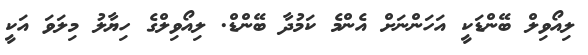
ލިއޯވިލް ބޭންޑަކީ އަހަންނަށް އެންމެ ކަމުދާ ބޭންޑް. ލިއޯވިލްގެ ހިޔާލު މިލަވަ އަކީ